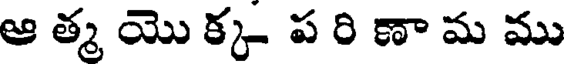
ఆ త్మ యొ క్క ప రి ణా మ ము